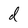
Character: d